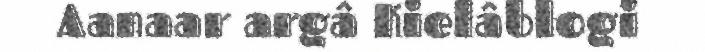
Aanaar argâ Kielâblogi